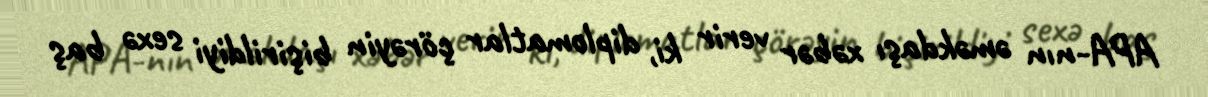
APA-nın əməkdaşı xəbər verir ki, diplomatlar çörəyin bişirildiyi sexə baş